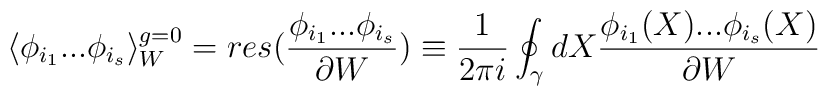
\langle \phi_{i_1}... \phi_{i_s} \rangle_{W}^{g=0} =res (\frac{\phi_{i_1}...\phi_{i_s}}{\partial W}) \equiv\frac{1}{2 \pi i} \oint_{\gamma} dX\frac{\phi_{i_1}(X)...\phi_{i_s}(X)}{\partial W}